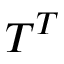
T ^ { T }